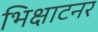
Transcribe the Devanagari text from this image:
भिक्षाटनर